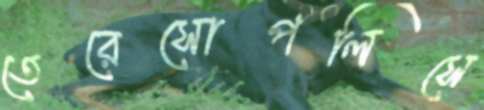
তেরেসোপলিসে